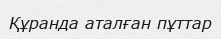
Құранда аталған пұттар